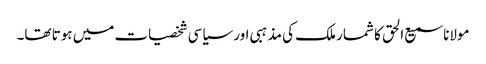
مولانا سمیع الحق کا شمار ملک کی مذہبی اور سیاسی شخصیات میں ہوتا تھا۔